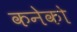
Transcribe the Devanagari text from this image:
कनेको